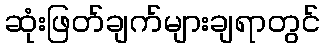
ဆုံးဖြတ်ချက်များချရာတွင်